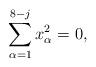
LaTeX: \begin{align*}\sum_{\alpha=1}^{8-j} x_\alpha^2=0,\end{align*}